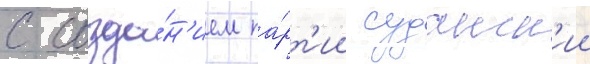
с созда́н'ием па́рт'ии суданск'ии